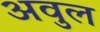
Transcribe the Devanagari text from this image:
अवुल